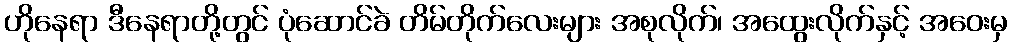
ဟိုနေရာ ဒီနေရာတို့တွင် ပုံဆောင်ခဲ တိမ်တိုက်လေးများ အစုလိုက်၊ အထွေးလိုက်နှင့် အဝေးမှ